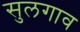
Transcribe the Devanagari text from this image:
सुलगाव